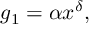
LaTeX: g _ { 1 } = \alpha x ^ { \delta } ,